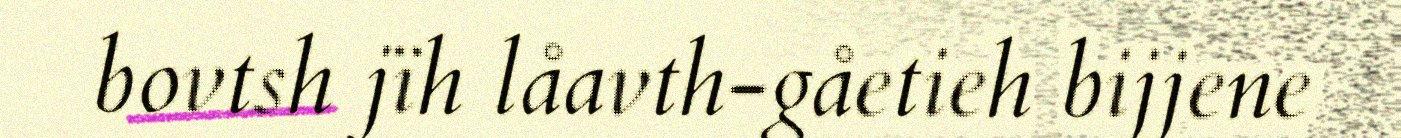
bovtsh jïh låavth-gåetieh bijjene